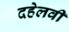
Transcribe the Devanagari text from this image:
दहेलवी